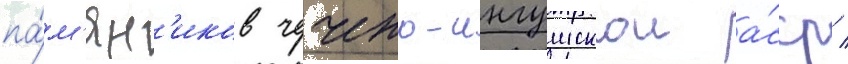
па́м'ятн'иков чечено-ингушскои а́сср /